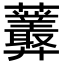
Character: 𧆁